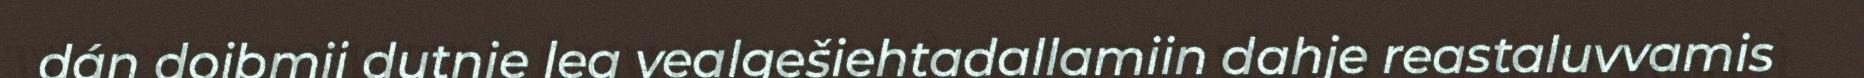
dán doibmii dutnje lea vealgešiehtadallamiin dahje reastaluvvamis